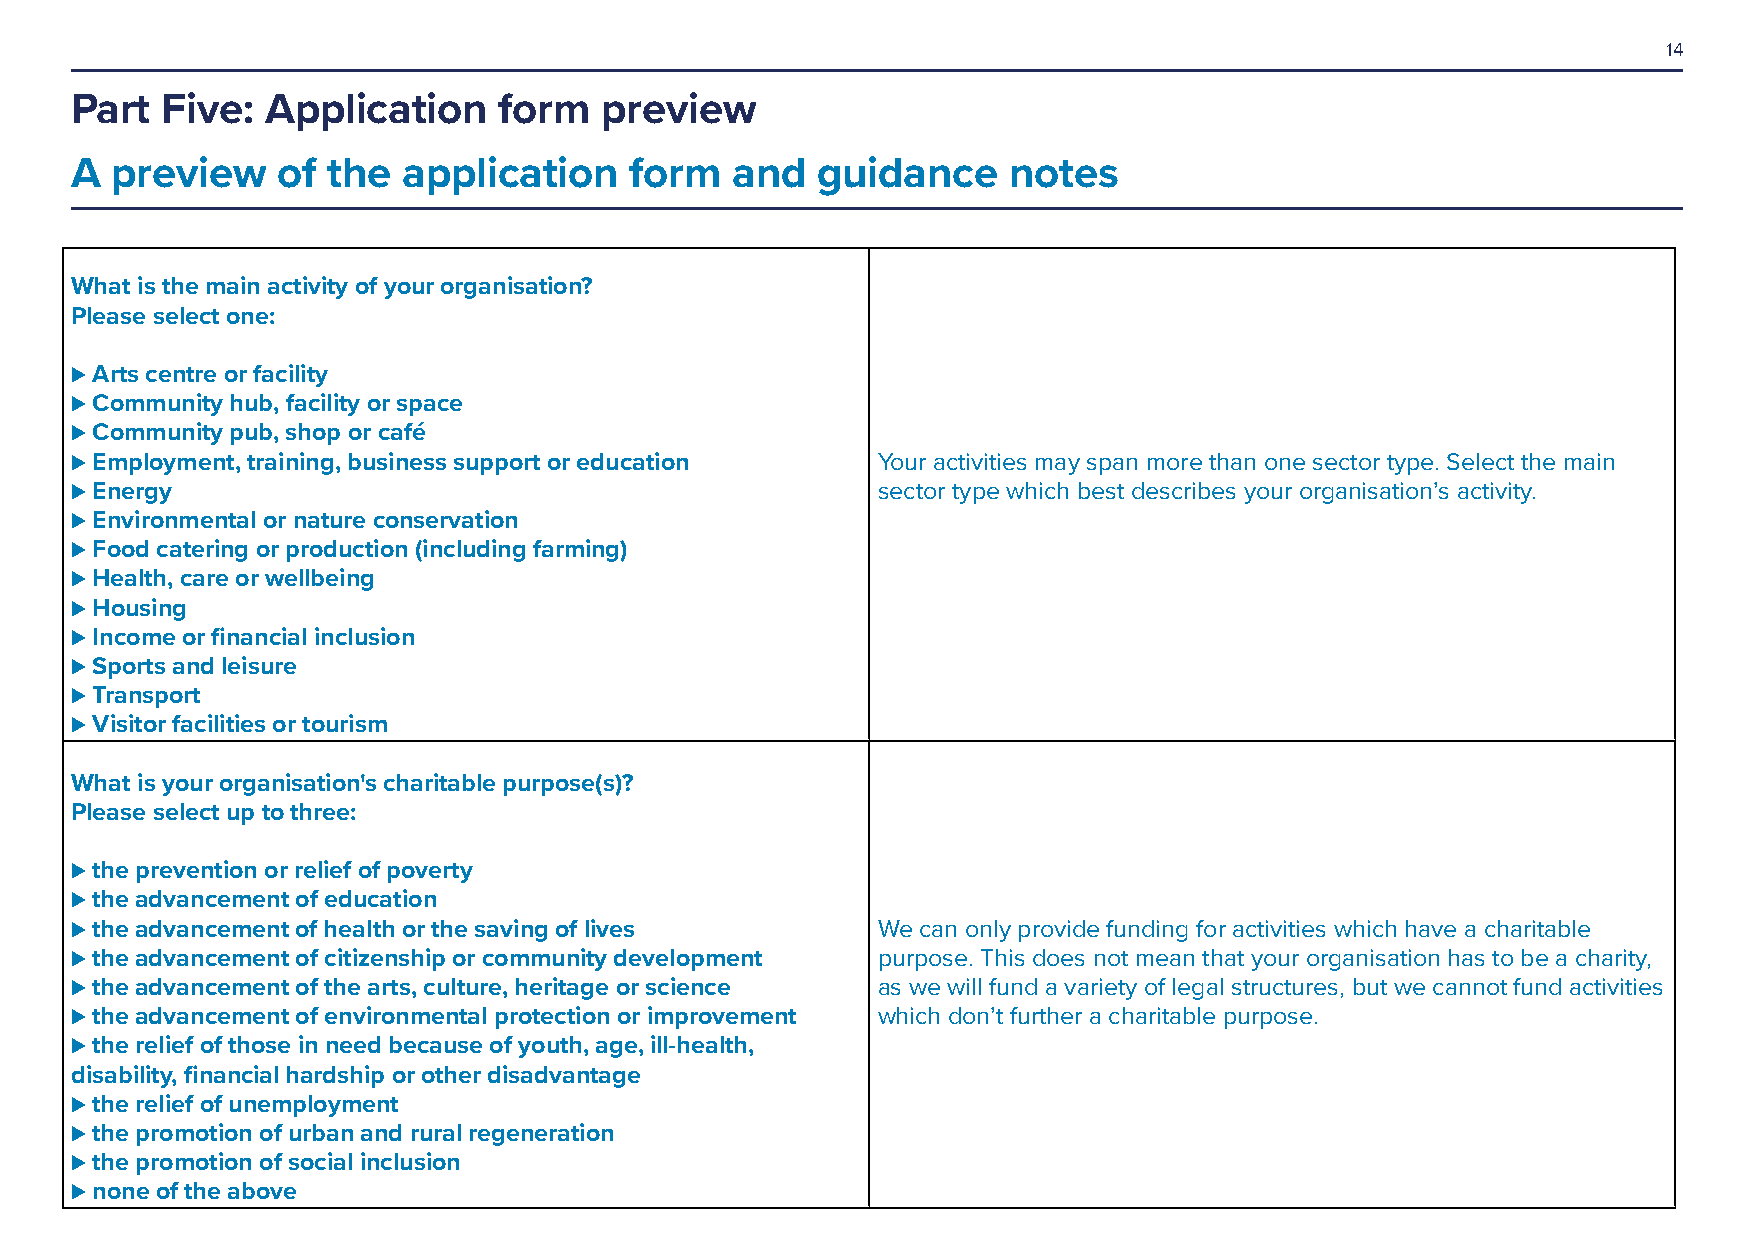
14
 Part  Five:  Application    form   preview
 A preview    of  the  application    form   and  guidance     notes
 What is the main activity of your organisation?
 Please select one:
 ⊲ Arts centre or facility
 ⊲ Community hub, facility or space
 ⊲ Community pub, shop or café
 ⊲ Employment, training, business support or education Your activities may span more than one sector type. Select the main
 ⊲ Energy                                             sector type which best describes your organisation’s activity.
 ⊲ Environmental or nature conservation
 ⊲ Food catering or production (including farming)
 ⊲ Health, care or wellbeing
 ⊲ Housing
 ⊲ Income or financial inclusion
 ⊲ Sports and leisure
 ⊲ Transport
 ⊲ Visitor facilities or tourism
 What is your organisation's charitable purpose(s)?
 Please select up to three:
 ⊲ the prevention or relief of poverty
 ⊲ the advancement of education
 ⊲ the advancement of health or the saving of lives   We can only provide funding for activities which have a charitable
 ⊲ the advancement of citizenship or community development purpose. This does not mean that your organisation has to be a charity,
 ⊲ the advancement of the arts, culture, heritage or science as we will fund a variety of legal structures, but we cannot fund activities
 ⊲ the advancement of environmental protection or improvement which don’t further a charitable purpose.
 ⊲ the relief of those in need because of youth, age, ill-health,
 disability, financial hardship or other disadvantage
 ⊲ the relief of unemployment
 ⊲ the promotion of urban and rural regeneration
 ⊲ the promotion of social inclusion
 ⊲ none of the above